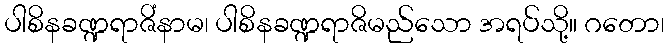
ပါစိနခဏ္ဍရာဇိံနာမ၊ ပါစိနခဏ္ဍရာဇိမည်သော အရပ်သို့။ ဂတော၊